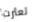
تعثرت